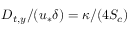
D _ { t , y } / ( u _ { * } \delta ) = \kappa / ( 4 S _ { c } )